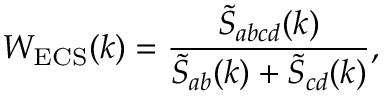
W _ { \mathrm { E C S } } ( k ) = \frac { \tilde { S } _ { a b c d } ( k ) } { \tilde { S } _ { a b } ( k ) + \tilde { S } _ { c d } ( k ) } ,